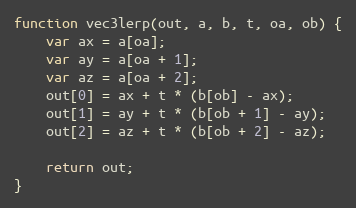
Language: JavaScript
function vec3lerp(out, a, b, t, oa, ob) {
    var ax = a[oa];
    var ay = a[oa + 1];
    var az = a[oa + 2];
    out[0] = ax + t * (b[ob] - ax);
    out[1] = ay + t * (b[ob + 1] - ay);
    out[2] = az + t * (b[ob + 2] - az);

    return out;
}